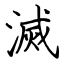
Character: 滅